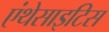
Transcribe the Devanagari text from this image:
एंथेसाइटिस